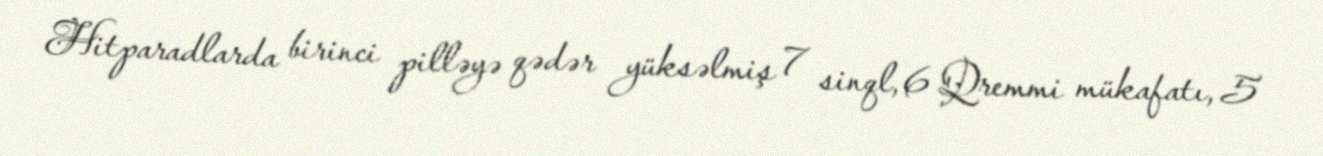
Hitparadlarda birinci pilləyə qədər yüksəlmiş 7 sinql, 6 Qremmi mükafatı, 5